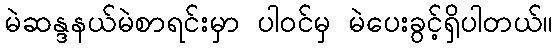
မဲဆန္ဒနယ်မဲစာရင်းမှာ ပါဝင်မှ မဲပေးခွင့်ရှိပါတယ်။